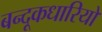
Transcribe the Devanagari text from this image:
बन्दूकधारियों